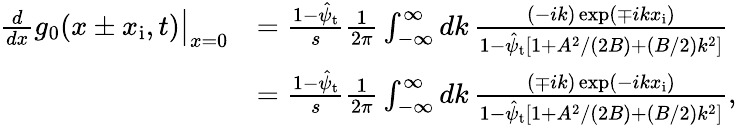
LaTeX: \begin{array}{rl}{\left.\frac{d}{dx}g_{0}(x\pm x_{\mathrm{i}},t)\right|_{x=0}}&{=\frac{1-\hat{\psi}_{\mathrm{t}}}{s}\frac{1}{2\pi}\int_{-\infty}^{\infty}dk\, \frac{(-ik)\exp(\mp ikx_{\mathrm{i}})}{1-\hat{\psi}_{\mathrm{t}}\left[1+A^{2}/(2B)+(B/2)k^{2}\right]}}\\ &{=\frac{1-\hat{\psi}_{\mathrm{t}}}{s}\frac{1}{2\pi}\int_{-\infty}^{\infty}dk\, \frac{(\mp ik)\exp(-ikx_{\mathrm{i}})}{1-\hat{\psi}_{\mathrm{t}}\left[1+A^{2}/(2B)+(B/2)k^{2}\right]},}\end{array}